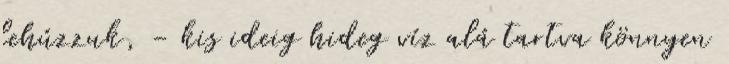
lehúzzuk, - kis ideig hideg víz alá tartva könnyen